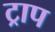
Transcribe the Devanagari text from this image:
ट्राप